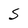
Character: S